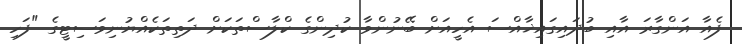
ފެއާ އަންގާރަ އާއި ބުދައިގައިޚާއްސަ އެހީއަށް ބޭނުންވާ ކުދިންގެ ކްލާސްތަކަށް ދަތިތަކެއްޔުނިވަސިޓީގެ "ފަހި